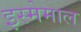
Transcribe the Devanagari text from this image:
इस्मेमाल